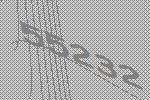
55232